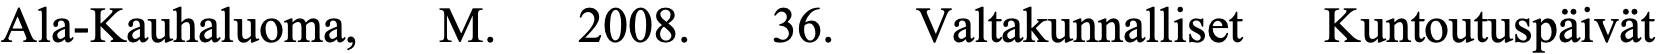
Ala-Kauhaluoma, M. 2008. 36.  Valtakunnalliset Kuntoutuspäivät